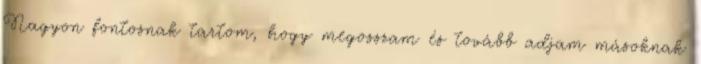
Nagyon fontosnak tartom, hogy megosszam és tovább adjam másoknak